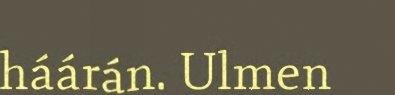
háárán. Ulmen